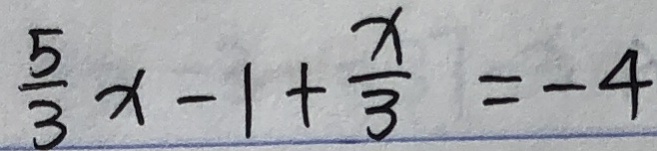
\frac { 5 } { 3 } x - 1 + \frac { x } { 3 } = - 4